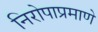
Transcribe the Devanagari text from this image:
निरोपाप्रमाणे